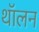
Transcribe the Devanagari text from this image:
थॉलन